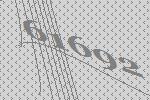
61692